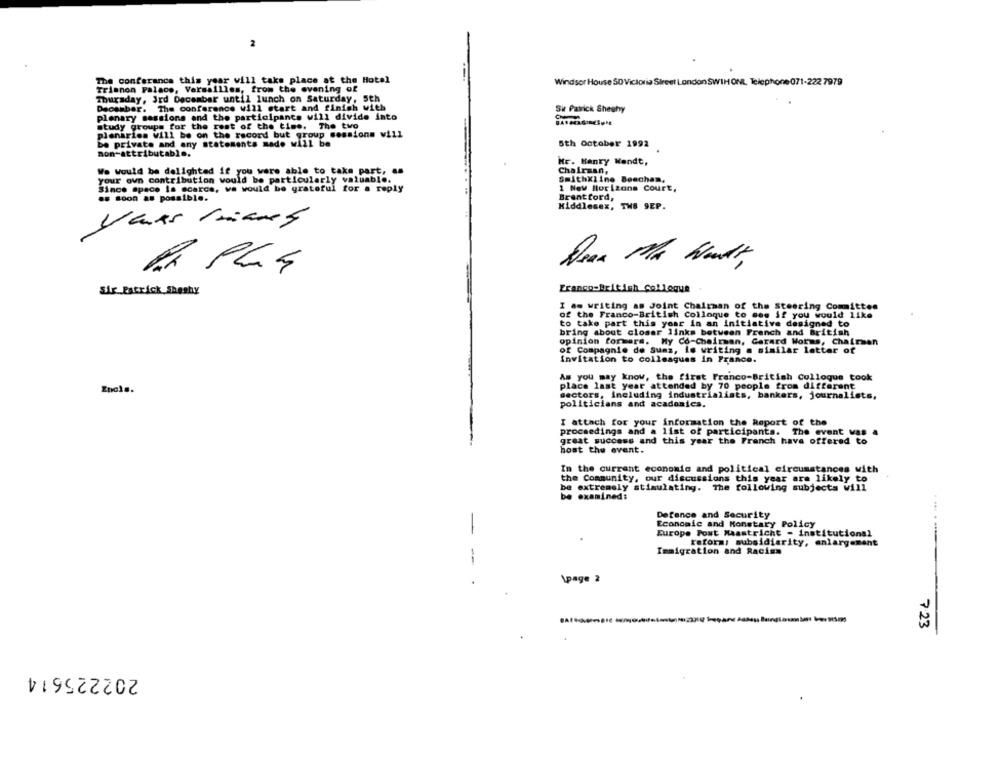
The conferance this year will take place at the Hotel
Windsor House 50 Victoria Street London SWIH ONL Telephone 071-222 7979
Trianon Palace, Versailles, from the evening of
Thursday, 3rd December until lunch on Saturday, 5th
December. The conference will start and finish with
Sir Patrick Sheshy
plenary sessions and the participants will divide into
study groups for the rest of the time. The two
plenarios will be on the record but group sessions vill
be private and any statements made will be
5th October 1992
non-attributable.
Mr. Henry Wendt,
We Would be delighted if you were able to take part, as
Chairman,
your own contribution would be particularly valuable.
SmithKline Boschan,
Since space is scarce, we would be grateful for a reply
1 New Horizons Court,
.. soon As possible.
Brentford,
Middlesex, THE 9EP.
RA PLG
Franco-British Colloque
Sir Patrick Sheshy
I am writing am Joint Chairman of the Steering Committee
of the Franco-British Colloque to see if you would like
to take part this year in an initiative designed to
bring about closer links between French and British
opinion formers. My Co-Chairman, Garard Worms, Chairman
of Compagnie de Suas, Is writing a similar letter of
invitation to colleagues in France.
As you may know, the first Franco-British Colloque took
Encie.
place last year attended by 70 people from different
sectors, including industrialists, bankers, journalists,
politicians and academics.
I attach for your information the Report of the
proceedings and a list of participants. The event vas a
great success and this year the French have offered to
host the event.
In the current economic and political circumstances with
the Community, our discussions this year are likely to
be extremely stimulating. The following subjects will
be examined:
Defence and Security
Economic and Monetary Policy
-
Europe Fost Maastricht - institutionsl
reform: subsidiarity, enlargement
Immigration and Racism
-
1page 2
723
202225614